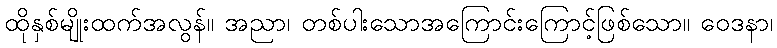
ထိုနှစ်မျိုးထက်အလွန်။ အညာ၊ တစ်ပါးသောအကြောင်းကြောင့်ဖြစ်သော။ ဝေဒနာ၊